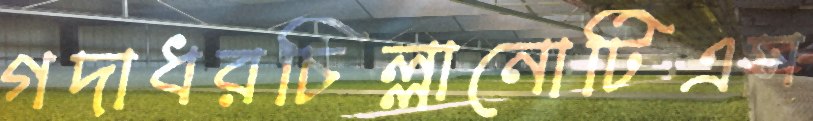
গদাধরচিল্লানোটিএস